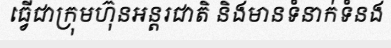
ធ្វើជាក្រុមហ៊ុនអន្តរជាតិ និងមានទំនាក់ទំនង